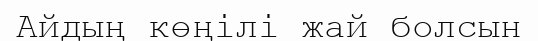
Айдың көңiлi жай болсын